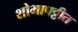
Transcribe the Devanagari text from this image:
शोभापट्टीत